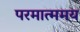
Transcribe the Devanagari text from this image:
परमात्ममय